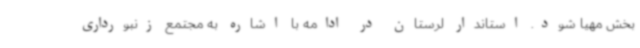
بخش مهیا شود. استاندار لرستان در ادامه با اشاره به مجتمع زنبورداری